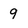
Character: 9